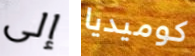
إلى كوميديا